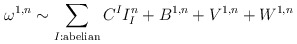
\begin{align*}\omega^{1,n}\sim \sum_{I:\mathrm{abelian}} C^I I^n_I+B^{1,n}+V^{1,n}+W^{1,n}\end{align*}